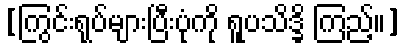
[ကြွင်းရုပ်များပြီးပုံကို ရူပသိဒ္ခိ ကြည့်။]